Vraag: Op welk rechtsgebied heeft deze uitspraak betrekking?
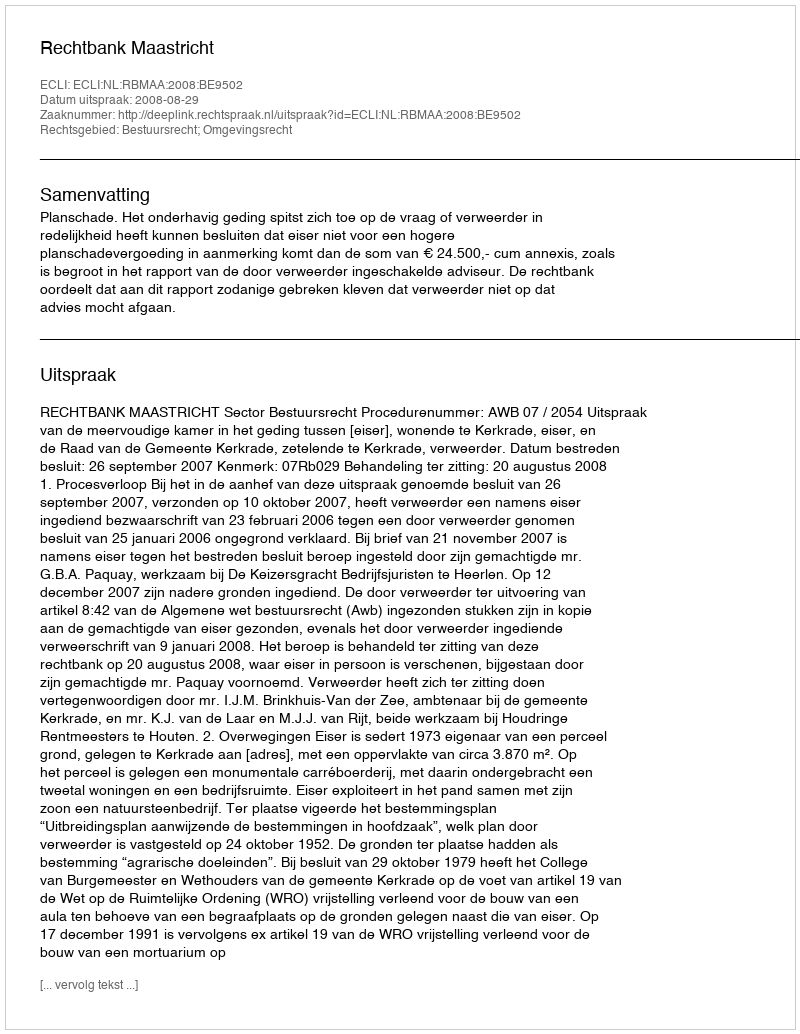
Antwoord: Bestuursrecht; Omgevingsrecht